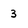
Character: 3